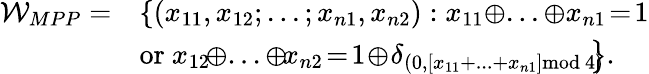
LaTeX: \begin{array}{rl}{\mathcal{W}_{MPP}=}&{\left\{ (x_{11},x_{12};...;x_{n1},x_{n2}):x_{11}\oplus...\oplus x_{n1}\! =\! 1\right.}\\ &{\left.\mathrm{or}~x_{12}\! \oplus...\oplus\! x_{n2}\! =\! 1\! \oplus\! \delta_{(0,[x_{11}+...+x_{n1}]\mathrm{mod}~4)}\! \! \! \right\} .}\end{array}